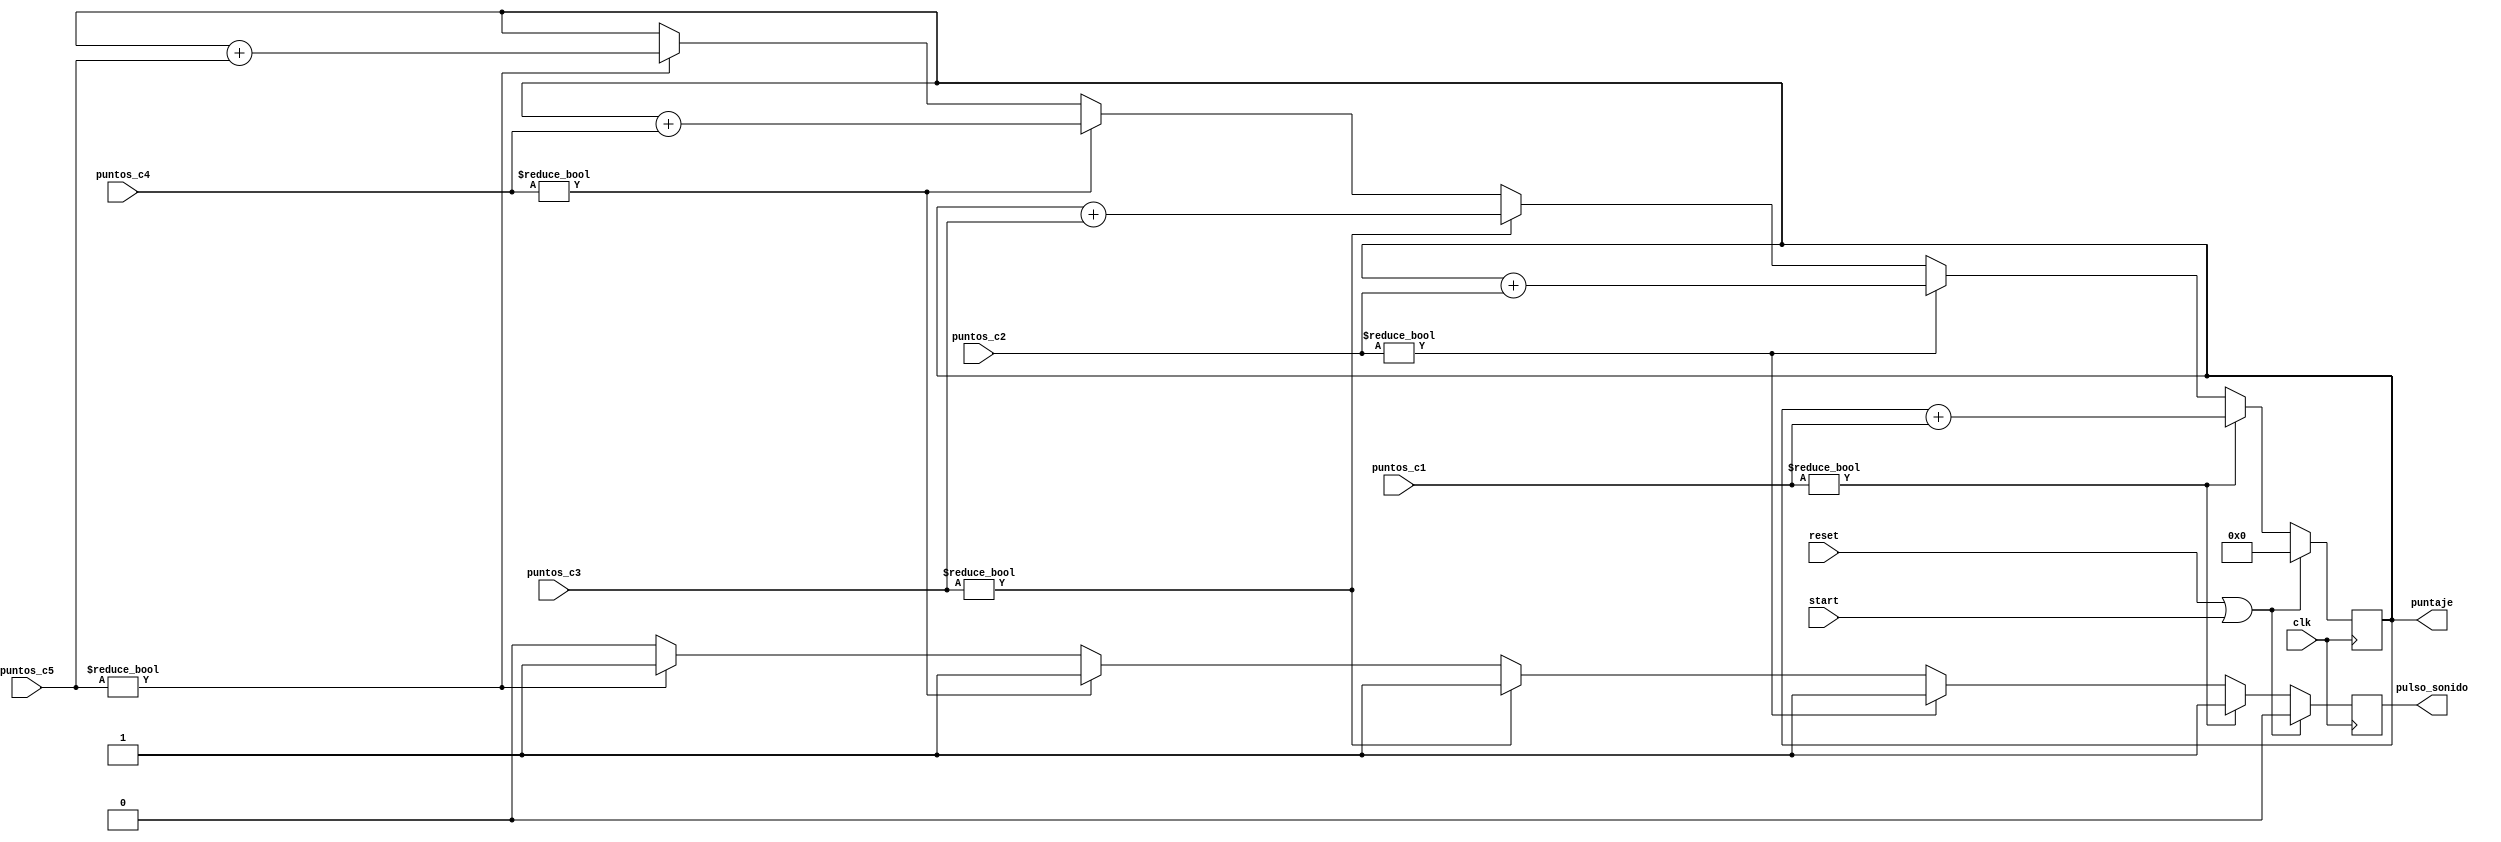
`timescale 1ns / 1ps

module registro_puntaje(
    input clk,
    input reset,
	 input start,
	 input [1:0] puntos_c1,
	 input [1:0] puntos_c2,
	 input [1:0] puntos_c3,
	 input [1:0] puntos_c4,
	 input [1:0] puntos_c5,
	 output reg [9:0] puntaje,
    output reg pulso_sonido
    );	

	always @(posedge clk)
		begin
			if(reset || start)
				begin
					puntaje <= 0;
					pulso_sonido <= 0;
				end
			else
				begin
					if(puntos_c1 != 0)
						begin
							pulso_sonido <= 1;
							puntaje <= puntaje + puntos_c1;
						end
					else if(puntos_c2 != 0)
						begin
							pulso_sonido <= 1;
							puntaje <= puntaje + puntos_c2;
						end
					else if(puntos_c3 != 0)
						begin
							pulso_sonido <= 1;
							puntaje <= puntaje + puntos_c3;
						end
					else if(puntos_c4 != 0)
						begin
							pulso_sonido <= 1;
							puntaje <= puntaje + puntos_c4;
						end
					else if(puntos_c5 != 0)
						begin
							pulso_sonido <= 1;
							puntaje <= puntaje + puntos_c5;
						end					
					else
						begin
							pulso_sonido <= 0;
							puntaje <= puntaje;
						end
				end
		end


endmodule